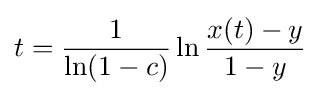
t={1 \over \ln(1-c)}\ln {x(t)-y \over 1-y}